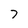
Character: 7